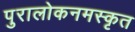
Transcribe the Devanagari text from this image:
पुरालोकनमस्कृत